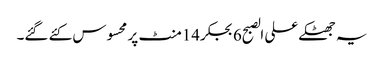
یہ جھٹکے علی الصبح6بجکر14منٹ پر محسوس کئے گئے۔